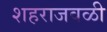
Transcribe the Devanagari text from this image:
शहराजवळी